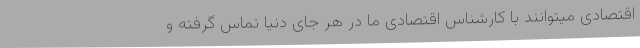
اقتصادی میتوانند با کارشناس اقتصادی ما در هر جای دنیا تماس گرفته و